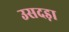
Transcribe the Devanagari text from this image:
उसदड़ा